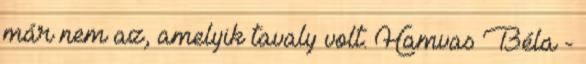
már nem az, amelyik tavaly volt. Hamvas Béla -